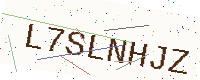
Text: L7SLNHJZ